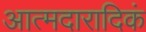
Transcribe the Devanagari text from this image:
आत्मदारादिकं